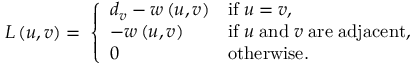
L \left( u , v \right) = \; \left\lbrace \begin{array} { l l } { d _ { v } - w \left( u , v \right) } & { \mathrm { i f } \; u = v , } \\ { - w \left( u , v \right) } & { \mathrm { i f } \; u \; \mathrm { a n d } \; v \; \mathrm { a r e } \; \mathrm { a d j a c e n t } , } \\ { 0 } & { \mathrm { o t h e r w i s e } \ldotp } \end{array} \right.